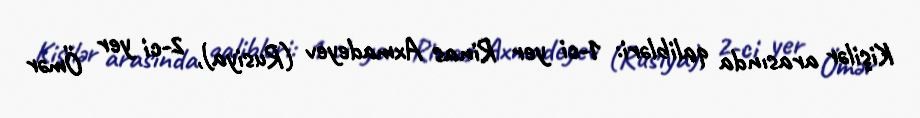
Kişilər arasında qalibləri: 1-ci yer Rinas Axmadeyev (Rusiya), 2-ci yer Ömər